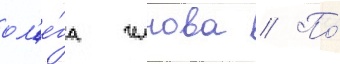
ол'е́га челнова // По́